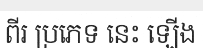
ពីរ ប្រភេទ នេះ ឡើង